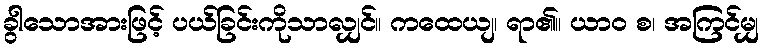
ခွါသောအားဖြင့် ပယ်ခြင်းကိုသာလျှင်။ ကထေယျ၊ ရာ၏။ ယာဝ စ၊ အကြင်မျှ